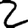
Digit: 2